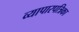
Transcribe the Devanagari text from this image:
व्यापारपत्रिका